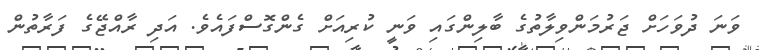
ވަނަ ދުވަހަށް ޖަރުމަންވިލާތުގެ ބާލިންގައި ވަނީ ކުރިއަށް ގެންގޮސްފައެވެ. އަދި ރާއްޖޭގެ ފަރާތުން